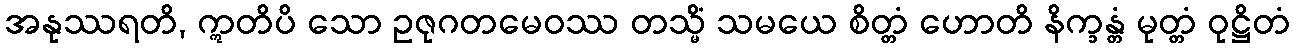
အနုဿရတိ, ဣတိပိ သော ဥဇုဂတမေဝဿ တသ္မိံ သမယေ စိတ္တံ ဟောတိ နိက္ခန္တံ မုတ္တံ ဝုဋ္ဌိတံ